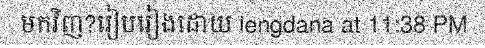
មកវិញ?រៀបរៀងដោយ lengdana at 11:38 PM